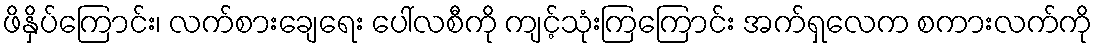
ဖိနှိပ်ကြောင်း၊ လက်စားချေရေး ပေါ်လစီကို ကျင့်သုံးကြကြောင်း အက်ရှလေက စကားလက်ကို